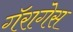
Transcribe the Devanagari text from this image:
गॅरागेस